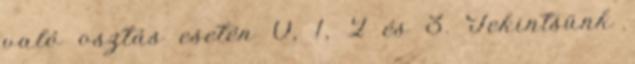
való osztás esetén 0, 1, 2 és 3. Tekintsünk